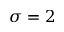
\sigma = 2